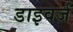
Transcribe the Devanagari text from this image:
डाइवर्ज